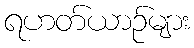
ရဟတ်ယာဉ်များ